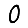
Digit: 0